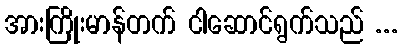
အားကြိုးမာန်တက် ငါဆောင်ရွက်သည် ...